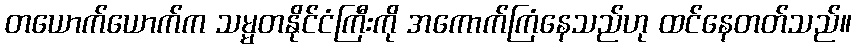
တယောက်ယောက်က သမ္မတနိုင်ငံကြီးကို အကောက်ကြံနေသည်ဟု ထင်နေတတ်သည်။